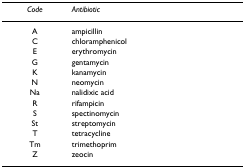
<table><thead><tr><td><b><i>Code</i></b></td><td><b><i>Antibiotic</i></b></td></tr></thead><tbody><tr><td>A</td><td>ampicillin</td></tr><tr><td>C</td><td>chloramphenicol</td></tr><tr><td>E</td><td>erythromycin</td></tr><tr><td>G</td><td>gentamycin</td></tr><tr><td>K</td><td>kanamycin</td></tr><tr><td>N</td><td>neomycin</td></tr><tr><td>Na</td><td>nalidixic acid</td></tr><tr><td>R</td><td>rifampicin</td></tr><tr><td>S</td><td>spectinomycin</td></tr><tr><td>St</td><td>streptomycin</td></tr><tr><td>T</td><td>tetracycline</td></tr><tr><td>Tm</td><td>trimethoprim</td></tr><tr><td>Z</td><td>zeocin</td></tr></tbody></table>